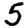
Digit: 5